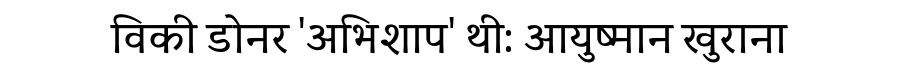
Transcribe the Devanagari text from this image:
विकी डोनर 'अभिशाप' थी: आयुष्मान खुराना